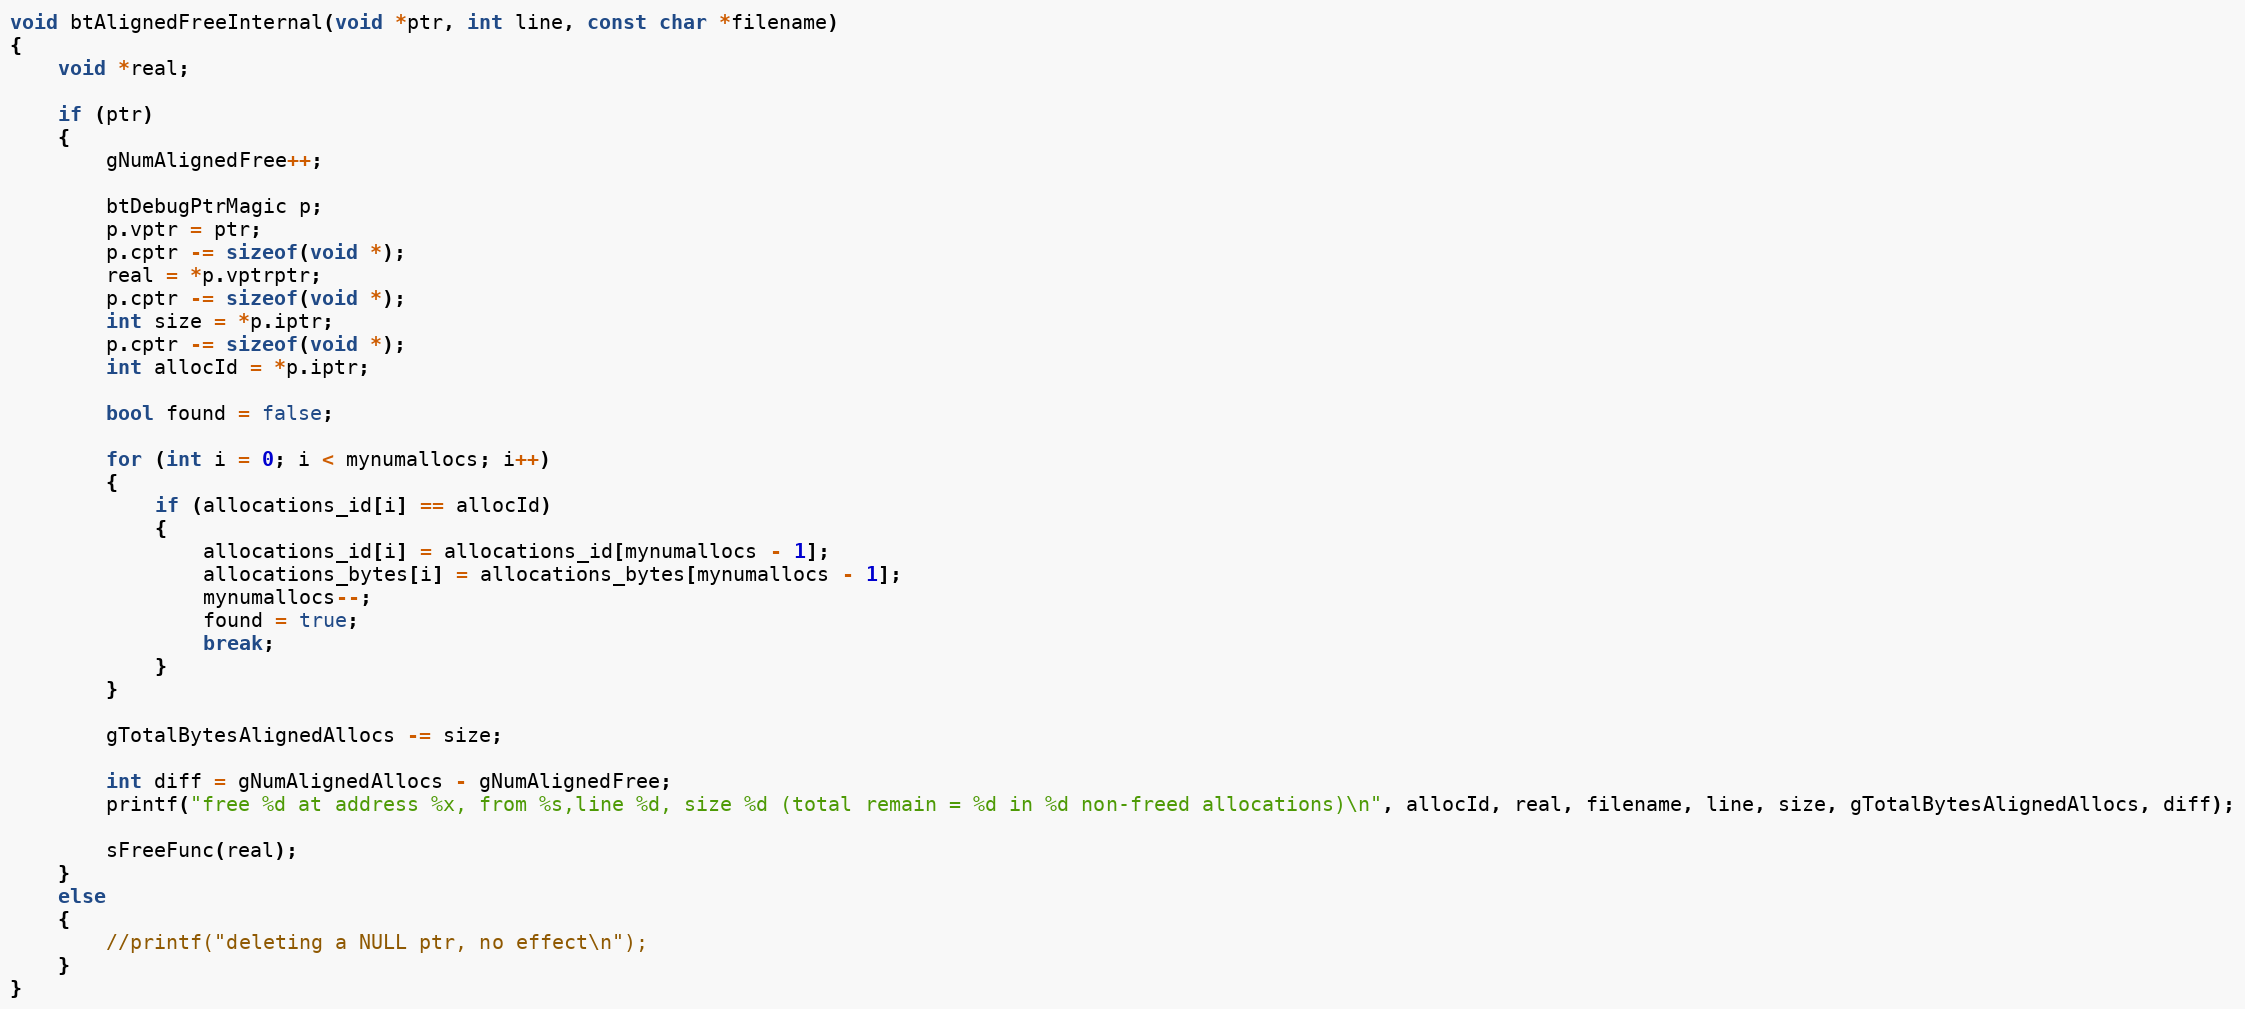
Language: C++
void btAlignedFreeInternal(void *ptr, int line, const char *filename)
{
	void *real;

	if (ptr)
	{
		gNumAlignedFree++;

		btDebugPtrMagic p;
		p.vptr = ptr;
		p.cptr -= sizeof(void *);
		real = *p.vptrptr;
		p.cptr -= sizeof(void *);
		int size = *p.iptr;
		p.cptr -= sizeof(void *);
		int allocId = *p.iptr;

		bool found = false;

		for (int i = 0; i < mynumallocs; i++)
		{
			if (allocations_id[i] == allocId)
			{
				allocations_id[i] = allocations_id[mynumallocs - 1];
				allocations_bytes[i] = allocations_bytes[mynumallocs - 1];
				mynumallocs--;
				found = true;
				break;
			}
		}

		gTotalBytesAlignedAllocs -= size;

		int diff = gNumAlignedAllocs - gNumAlignedFree;
		printf("free %d at address %x, from %s,line %d, size %d (total remain = %d in %d non-freed allocations)\n", allocId, real, filename, line, size, gTotalBytesAlignedAllocs, diff);

		sFreeFunc(real);
	}
	else
	{
		//printf("deleting a NULL ptr, no effect\n");
	}
}